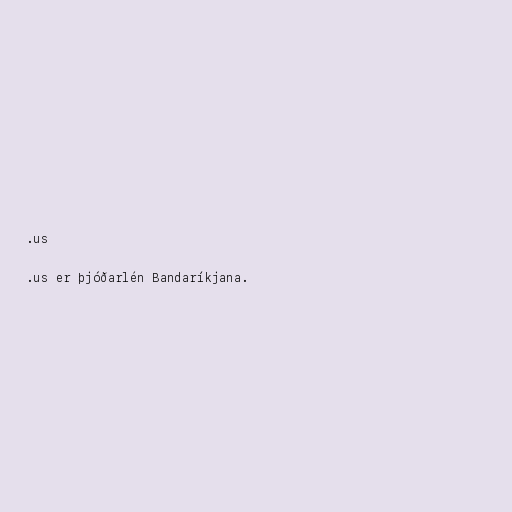
.us

.us er þjóðarlén Bandaríkjana.